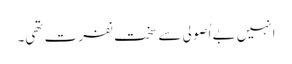
انہیں بے اُصولی سے سخت نفرت تھی۔